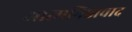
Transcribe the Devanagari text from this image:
आत्मनिष्ठावाद